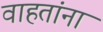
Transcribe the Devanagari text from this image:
वाहतांना